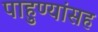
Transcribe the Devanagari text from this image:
पाहुण्यांसह